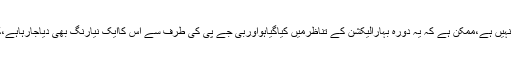
وزیراعظم اپنے مزاج میں تبدیلی لائیں مسجدجانامسئلہ کاحل نہیں ہے،ممکن ہے کہ یہ دورہ بہارالیکشن کے تناظرمیں کیاگیاہواوربی جے پی کی طرف سے اس کاایک نیارنگ بھی دیاجارہاہے،کیونکہ بہارکی بڑی آ بادی متحدہ عرب امارات میں مقیم ہے۔